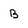
Character: B